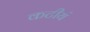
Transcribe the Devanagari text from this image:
कटीयं